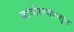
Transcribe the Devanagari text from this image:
बाजीरावापासून